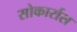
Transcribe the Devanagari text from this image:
सोकार्रास